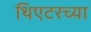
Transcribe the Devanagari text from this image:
थिएटरच्या